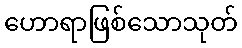
ဟောရာဖြစ်သောသုတ်